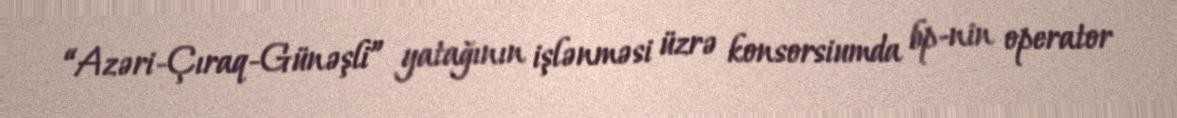
“Azəri-Çıraq-Günəşli” yatağının işlənməsi üzrə konsorsiumda bp-nin operator